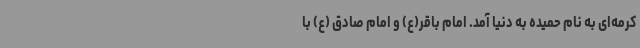
کرمه‌ای به نام حمیده به دنیا آمد. امام باقر(ع) و امام صادق (ع) با